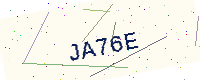
Text: JA76E